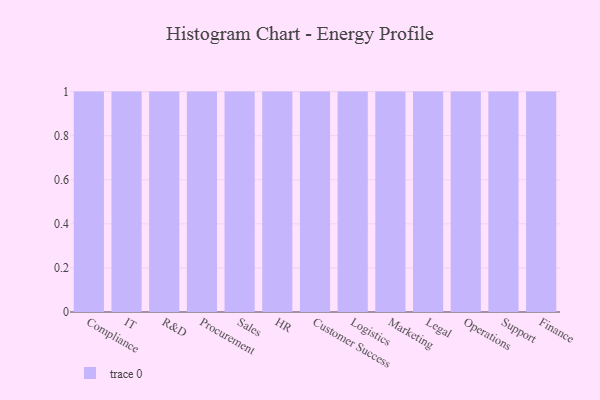
{"axis": {"x": "Department", "y": "Budget (USD K)"}, "legend": [""], "data": [{"x": "Compliance", "y": 6, "type": ""}, {"x": "IT", "y": 84, "type": ""}, {"x": "R&D", "y": 49, "type": ""}, {"x": "Procurement", "y": 4, "type": ""}, {"x": "Sales", "y": 24, "type": ""}, {"x": "HR", "y": 29, "type": ""}, {"x": "Customer Success", "y": 32, "type": ""}, {"x": "Logistics", "y": 92, "type": ""}, {"x": "Marketing", "y": 97, "type": ""}, {"x": "Legal", "y": 76, "type": ""}, {"x": "Operations", "y": 41, "type": ""}, {"x": "Support", "y": 87, "type": ""}, {"x": "Finance", "y": 39, "type": ""}]}